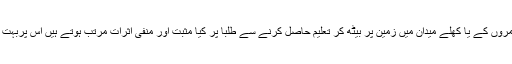
اسی کے علاوہ بغیر چھت اور بغیر کمروں کے یا کھلے میدان میں زمین پر بیٹھ کر تعلیم حاصل کرنے سے طلبا پر کیا مثبت اور منفی اثرات مرتب ہوتے ہیں اس پربہت بڑے پیمانے پر تجربات ہورہے ہیں ۔